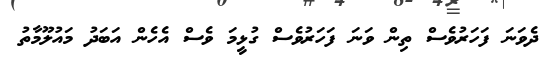
ދެވަނަ ފަހަރުވެސް ތިން ވަނަ ފަހަރުވެސް ގުޅީމަ ވެސް އެހެން އަބަދު މައުލޫމާތު